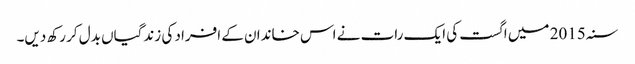
سنہ 2015 میں اگست کی ایک رات نے اس خاندان کے افراد کی زندگیاں بدل کر رکھ دیں۔